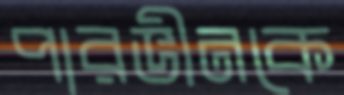
পারভীনকে